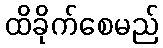
ထိခိုက်စေမည်